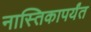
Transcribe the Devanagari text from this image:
नास्तिकापर्यंत